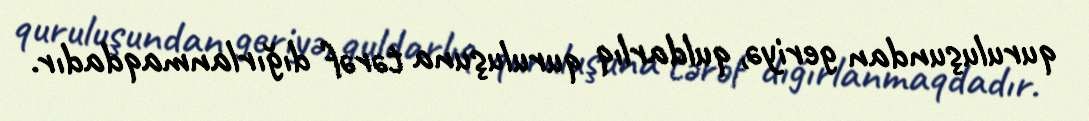
quruluşundan geriyə, quldarlıq quruluşuna tərəf dığırlanmaqdadır.